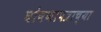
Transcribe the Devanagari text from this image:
घोषणापत्राच्या